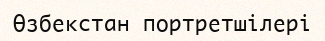
Өзбекстан портретшілері